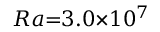
R a { = } 3 . 0 { \times } 1 0 ^ { 7 }